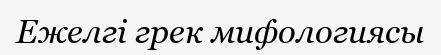
Ежелгі грек мифологиясы